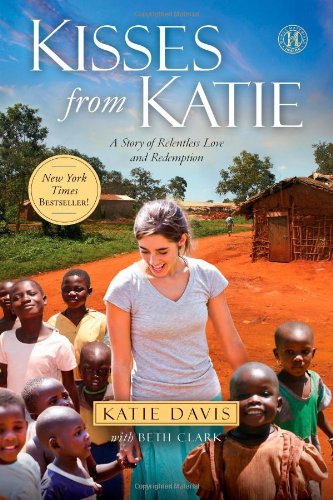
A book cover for Kisses from Katie: A Story of Relentless Love and Redemption; Katie J. Davis; Biographies & Memoirs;